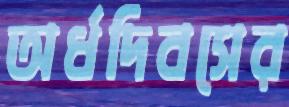
অর্ধদিবসের